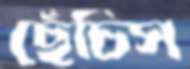
ছেঁচিস